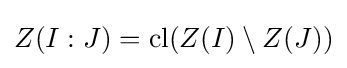
Z(I:J)=\mathrm {cl} (Z(I)\setminus Z(J))